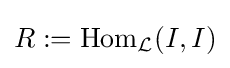
R:=\operatorname {Hom} _{\mathcal {L}}(I,I)